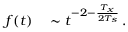
\begin{array} { r l } { f ( t ) } & { { } \sim t ^ { - 2 - \frac { T _ { x } } { 2 T _ { s } } } \, . } \end{array}